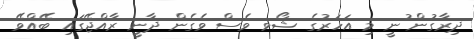
ދިރާގުން ުނީ މި އަހަރުގެ ޝޯވ ވެސް ވެގެން ދާނީ ރާއްޖޭގައި ބޭއްވޭ